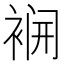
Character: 𮖌